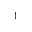
^ 1